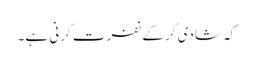
کہ شادی کر کے نفرت کرنی ہے۔